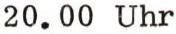
20.00 Uhr